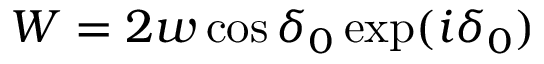
W = 2 w \cos \delta _ { 0 } \exp ( i \delta _ { 0 } )